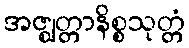
အဇ္ဈတ္တာနိစ္စသုတ္တံ